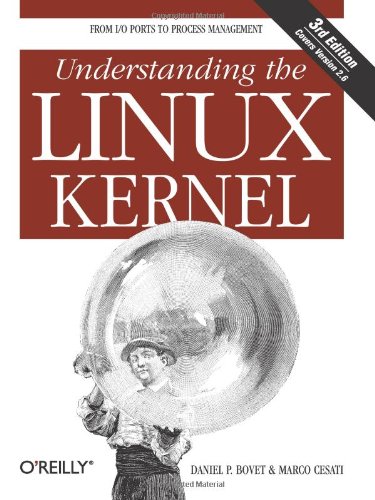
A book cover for Understanding the Linux Kernel, Third Edition; Daniel P. Bovet; Computers & Technology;